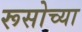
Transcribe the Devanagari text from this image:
रूसोच्या